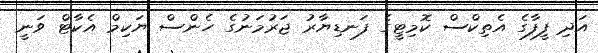
އަދި ފީފާގެ އެތިކްސް ކޮމިޓީގެ ފަނޑިޔާރު ޖަރުމަނުގެ ހެންސް ޔަކިމް އެކާޓް ވަނީ